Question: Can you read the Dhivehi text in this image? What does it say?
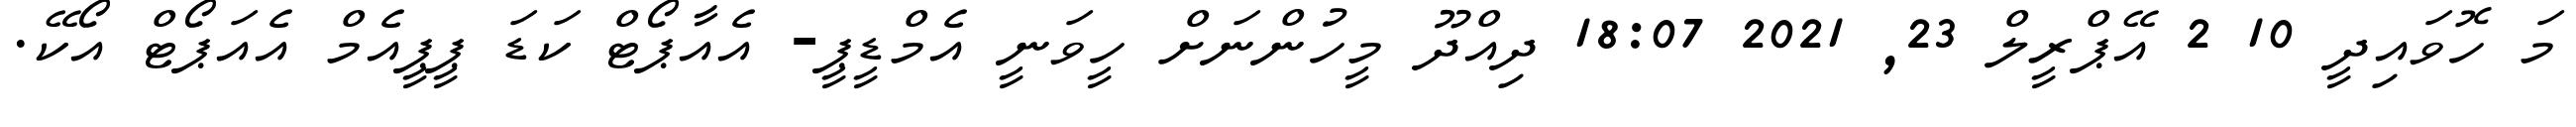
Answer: މަ ހޮވައިދީ 10 2 އޭޕްރީލް 23, 2021 18:07 ދިއްދޫ މީހުންނަށް ހީވަނީ އެމްޑީޕީ- އެއާޕޯޓް ކަޑަ ޕީޕީއެމް އެއަޕޯޓް އޯކޭ.